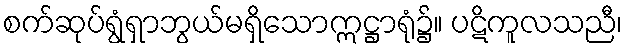
စက်ဆုပ်ရွံရှာဘွယ်မရှိသောဣဋ္ဌာရုံ၌။ ပဋိကူလသညီ၊